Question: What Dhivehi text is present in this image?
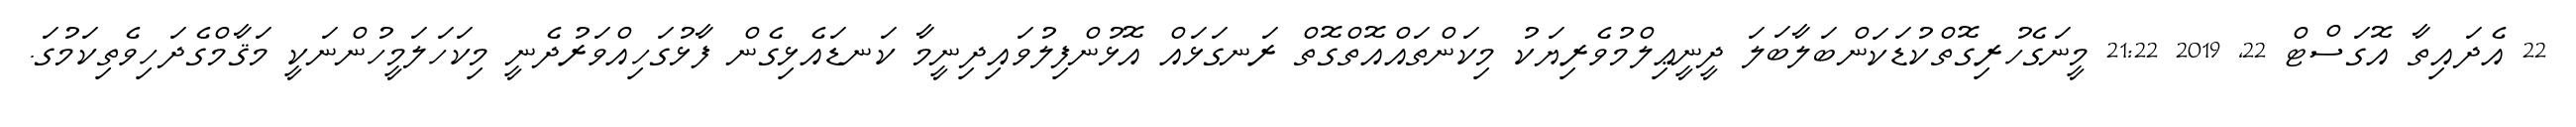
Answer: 22 އެދައިތާ އޮގަސްޓް 22, 2019 21:22 މީނަގެހުރިގޮތްކުޑަކަންބަލާބަލަ ދީނީޢިލްމުވެރިޔަކު މިކަންތައްއޮތްގޮތް ރަނގަޅައް އޮޅުންފިލުވައިދިނީމާ ކަނޑައެޅިގެން ފާޅުގަހިއްވަރުދެނީ މިކަހަލަމީހުންނަކީ މަޤާމްގެދަހިވެތިކަމުގަ.